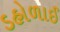
ડહોળાઈ